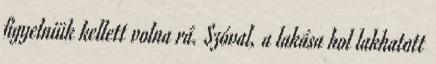
figyelniük kellett volna rá. Szóval, a lakása hol lakhatott